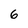
Character: 6